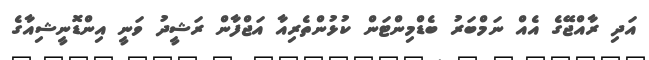
އަދި ރާއްޖޭގެ އެއް ނަމްބަރު ބެޑްމިންޓަން ކުޅުންތެރިއާ އަޖްފާން ރަޝީދު ވަނީ އިންޑޮނީޝިއާގެ